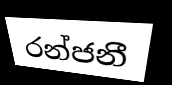
රන්ජනී